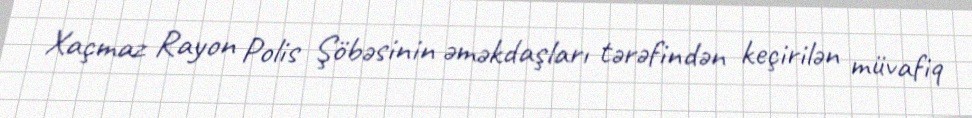
Xaçmaz Rayon Polis Şöbəsinin əməkdaşları tərəfindən keçirilən müvafiq